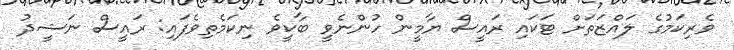
ވެރިކަމުގެ ލައްޒަތަށް ޓަކައި ރައީސް ޔާމީން ހުންނެވީ ބާކީވެ ނިކަމެތިވެފައި: ރައީސް ނަޝީދު